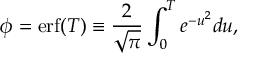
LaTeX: \Phi _ { \pm } ( x ) = \sum _ { \ell = 0 } ^ { N - 1 } \; \Phi _ { \beta } ^ { \ell + 1 } ( x ) \; C _ { \beta \pm } ^ { \ell } .